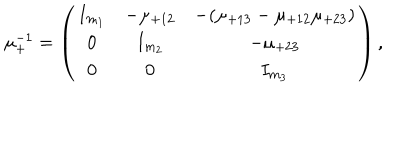
\mu _ { + } ^ { - 1 } = \left( \begin{array} { c c c } { { I _ { m _ { 1 } } } } & { { - \mu _ { + 1 2 } } } & { { - ( \mu _ { + 1 3 } - \mu _ { + 1 2 } \mu _ { + 2 3 } ) } } \\ { { 0 } } & { { I _ { m _ { 2 } } } } & { { - \mu _ { + 2 3 } } } \\ { { 0 } } & { { 0 } } & { { I _ { m _ { 3 } } } } \\ \end{array} \right) ,